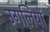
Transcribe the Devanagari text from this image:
उगलियों